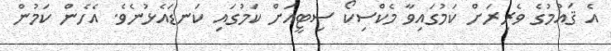
އެ ޤައުމުގެ ވެރިރަށް ކަމުގައިވާ މެކްސިކޯ ސިޓީއަށް ކަމުގައި ކަނޑައެޅުނެވެ. އެހެން ކަމުން